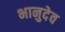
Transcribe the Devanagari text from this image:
भानुदेव